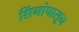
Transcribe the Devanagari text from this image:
शिंगांपासून